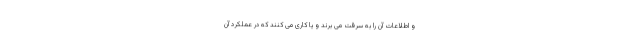
و اطلاعات آن را به سرقت می برند و یا کاری می کنند که در عملکرد آن